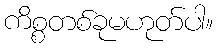
ကိစ္စတစ်ခုမဟုတ်ပါ။